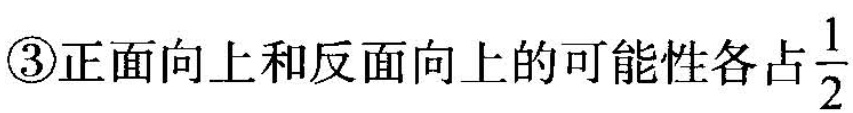
③正面向上和反面向上的可能性各占 \frac{1}{2}